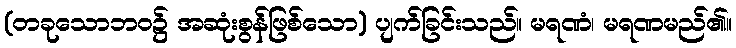
(တခုသောဘဝ၌ အဆုံးစွန်ဖြစ်သော) ပျက်ခြင်းသည်။ မရဏံ၊ မရဏမည်၏။